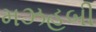
મઝહબી